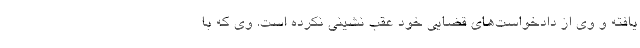
یافته و وی از دادخواست‌های قضایی خود عقب نشینی نکرده است. وی که با